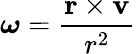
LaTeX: {\boldsymbol{\omega}}={\frac{\mathbf{r}\times\mathbf{v}}{r^{2}}}